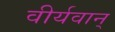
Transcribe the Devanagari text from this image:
वीर्यवान्‌